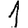
Digit: 1